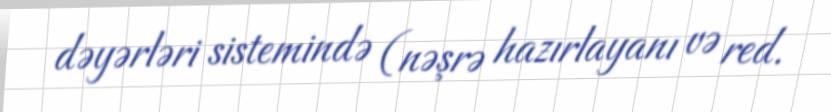
dəyərləri sistemində (nəşrə hazırlayanı və red.